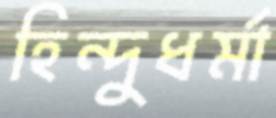
হিন্দুধর্মা